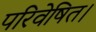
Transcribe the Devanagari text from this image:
परिवेषित।